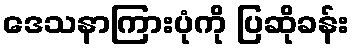
ဒေသနာကြားပုံကို ပြဆိုခန်း